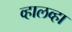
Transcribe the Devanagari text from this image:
व्हालव्हा